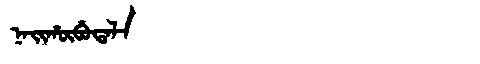
Manchu: ᠨᠠᡳᡥᡡᠪᡠᡨᠠᠯᠠ
Romanization: NAIHŪBUTALA